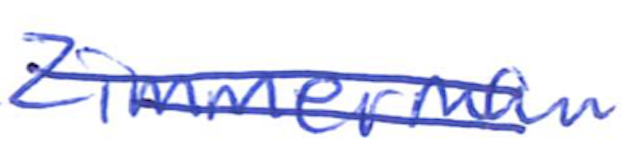
Text: Zimmerman
Cross-out: double-line
Writing tool: ballpoint